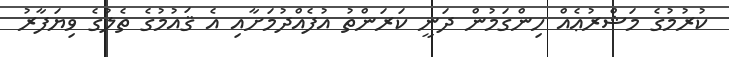
ކުރުމުގެ މަޝްރުޢެއް ހިންގަމުން ދަނީ ކަރަންތު އުފެއްދުމަށާއި އެ ޤައުމުގެ ތެލުގެ ވިޔަފާރު